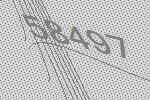
58497